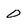
Character: 0